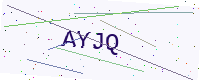
Text: AYJQ